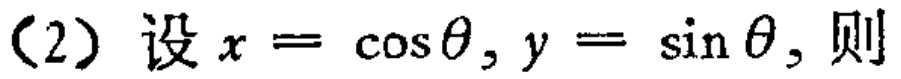
（2）设\(x = \cos\theta,y = \sin\theta\)，则